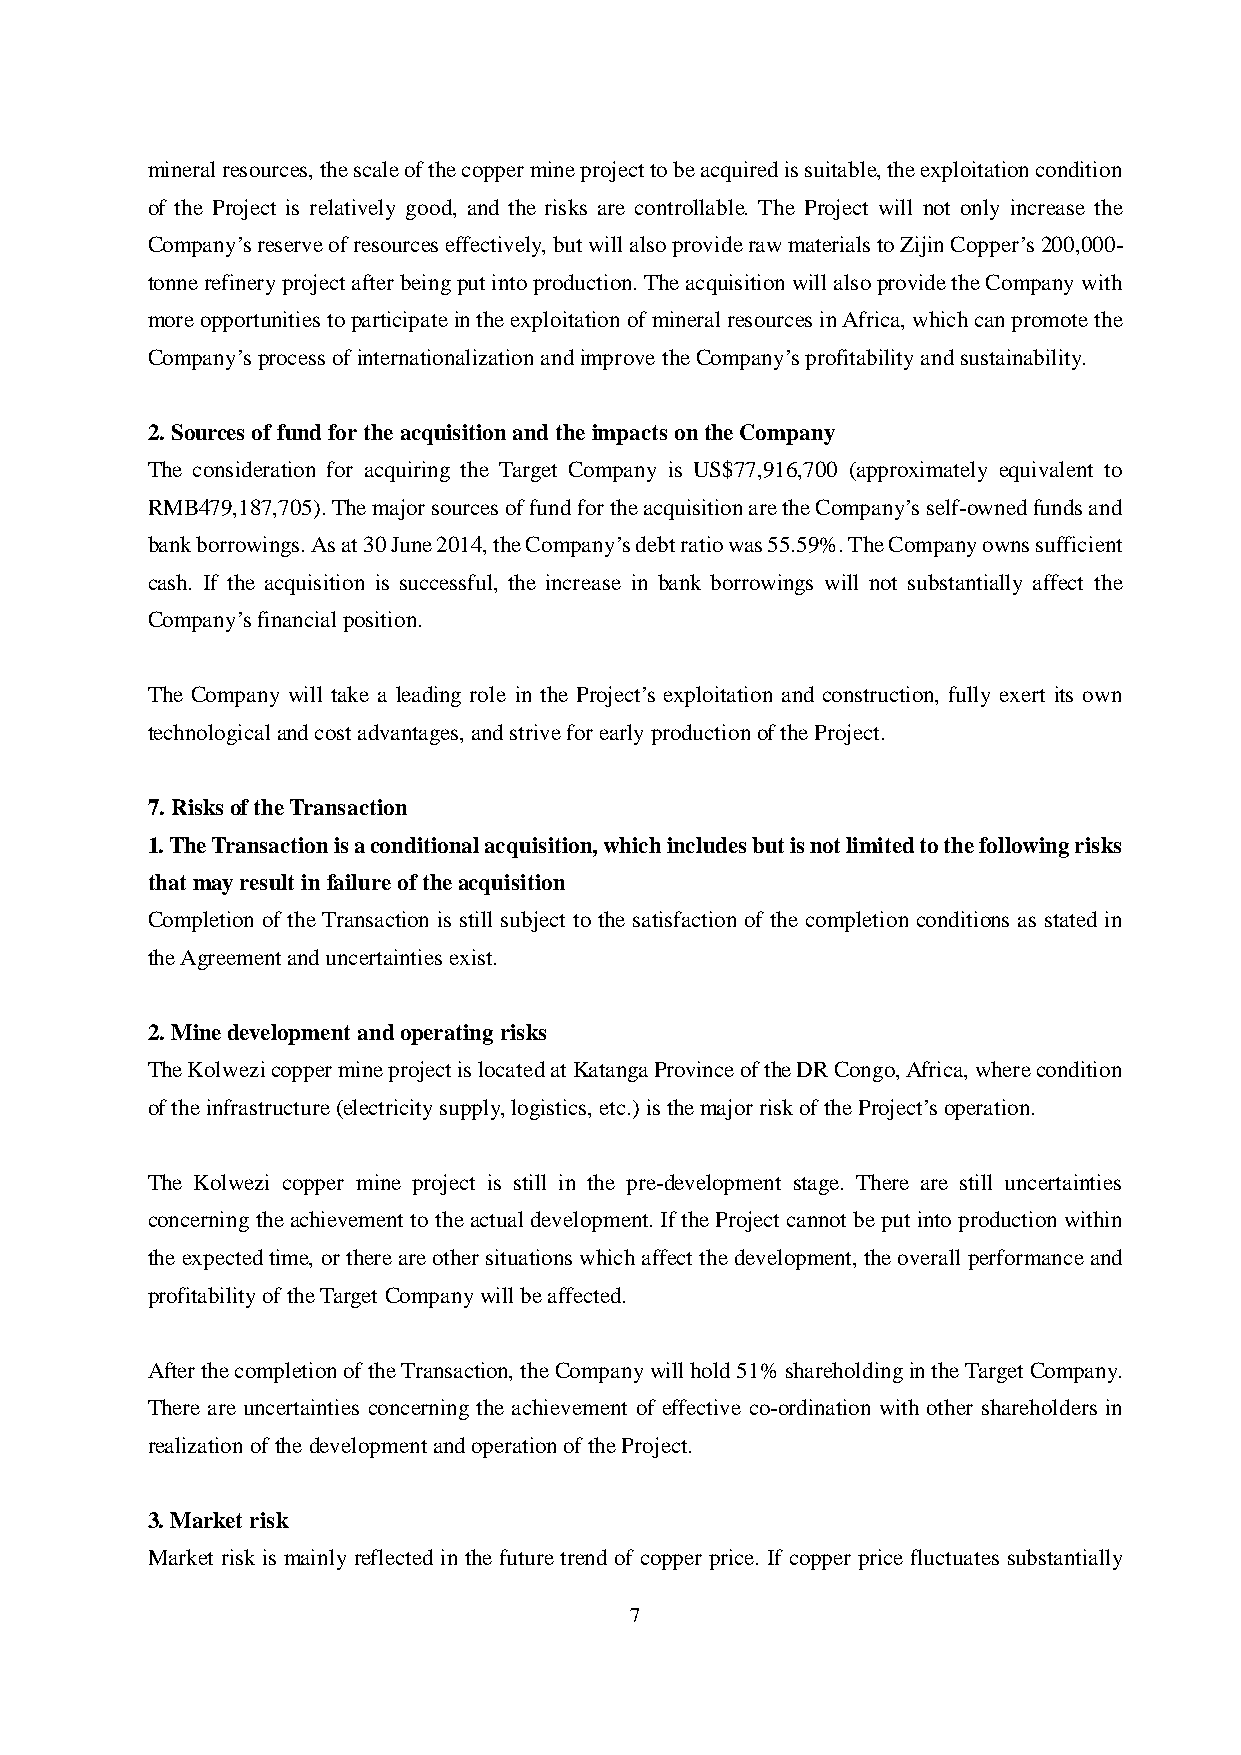
mineral resources, the scale of the copper mine project to be acquired is suitable, the exploitation condition
 of the Project is relatively good, and the risks are controllable. The Project will not only increase the
 Company’s reserve of resources effectively, but will also provide raw materials to Zijin Copper’s 200,000-
 tonne refinery project after being put into production. The acquisition will also provide the Company with
 more opportunities to participate in the exploitation of mineral resources in Africa, which can promote the
 Company’s process of internationalization and improve the Company’s profitability and sustainability.
 2. Sources of fund for the acquisition and the impacts on the Company
 The consideration for acquiring the Target Company is US$77,916,700 (approximately equivalent to
 RMB479,187,705). The major sources of fund for the acquisition are the Company’s self-owned funds and
 bank borrowings. As at 30 June 2014, the Company’s debt ratio was 55.59%. The Company owns sufficient
 cash. If the acquisition is successful, the increase in bank borrowings will not substantially affect the
 Company’s financial position.
 The Company will take a leading role in the Project’s exploitation and construction, fully exert its own
 technological and cost advantages, and strive for early production of the Project.
 7. Risks of the Transaction
 1. The Transaction is a conditional acquisition, which includes but is not limited to the following risks
 that may result in failure of the acquisition
 Completion of the Transaction is still subject to the satisfaction of the completion conditions as stated in
 the Agreement and uncertainties exist.
 2. Mine development and operating risks
 The Kolwezi copper mine project is located at Katanga Province of the DR Congo, Africa, where condition
 of the infrastructure (electricity supply, logistics, etc.) is the major risk of the Project’s operation.
 The Kolwezi copper mine project is still in the pre-development stage. There are still uncertainties
 concerning the achievement to the actual development. If the Project cannot be put into production within
 the expected time, or there are other situations which affect the development, the overall performance and
 profitability of the Target Company will be affected.
 After the completion of the Transaction, the Company will hold 51% shareholding in the Target Company.
 There are uncertainties concerning the achievement of effective co-ordination with other shareholders in
 realization of the development and operation of the Project.
 3. Market risk
 Market risk is mainly reflected in the future trend of copper price. If copper price fluctuates substantially
 7